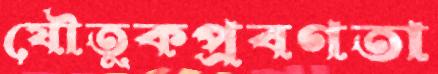
যৌতুকপ্রবণতা